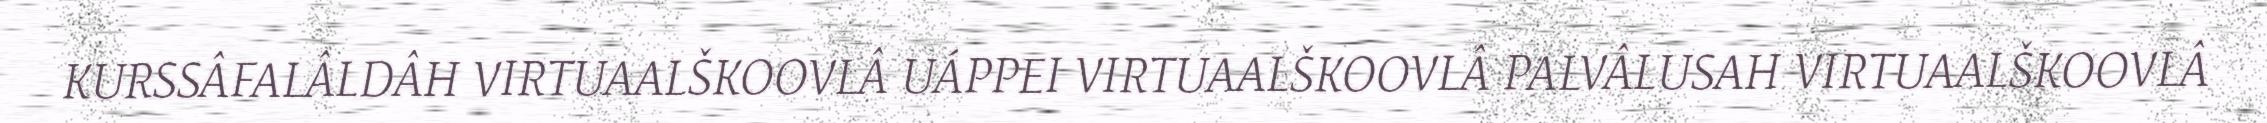
KURSSÂFALÂLDÂH VIRTUAALŠKOOVLÂ UÁPPEI VIRTUAALŠKOOVLÂ PALVÂLUSAH VIRTUAALŠKOOVLÂ